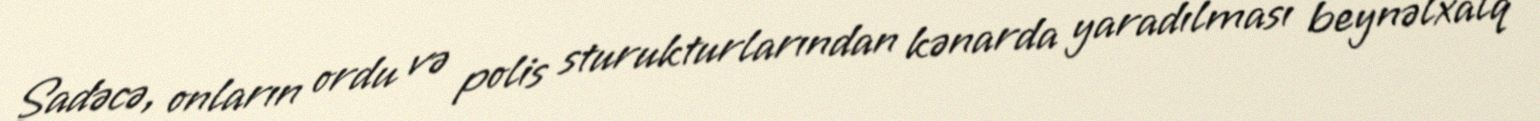
Sadəcə, onların ordu və polis sturukturlarından kənarda yaradılması beynəlxalq